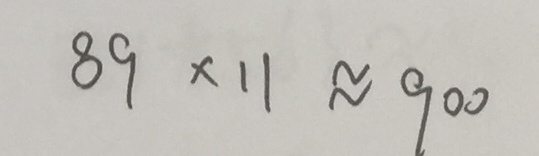
8 9 \times 1 1 \approx 9 0 0